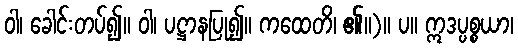
ဝါ၊ ခေါင်းတပ်၍။ ဝါ၊ ပဋ္ဌာနပြု၍။ ကထေတိ၊ ၏။)။ ပ။ ဣဒပ္ပစ္စယာ၊